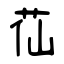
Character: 苮